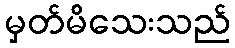
မှတ်မိသေးသည်